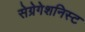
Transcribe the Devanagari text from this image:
सेग्रेगेशनिस्ट